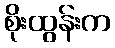
စိုးထွန်းက